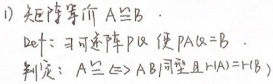
1) 矩阵等价 \(A\cong B\)。Def: 可逆阵\(P\)使 \(PA = B\)。判定: \(A\cong B\Leftrightarrow A,B\)同型且\(r(A)=r(B)\)